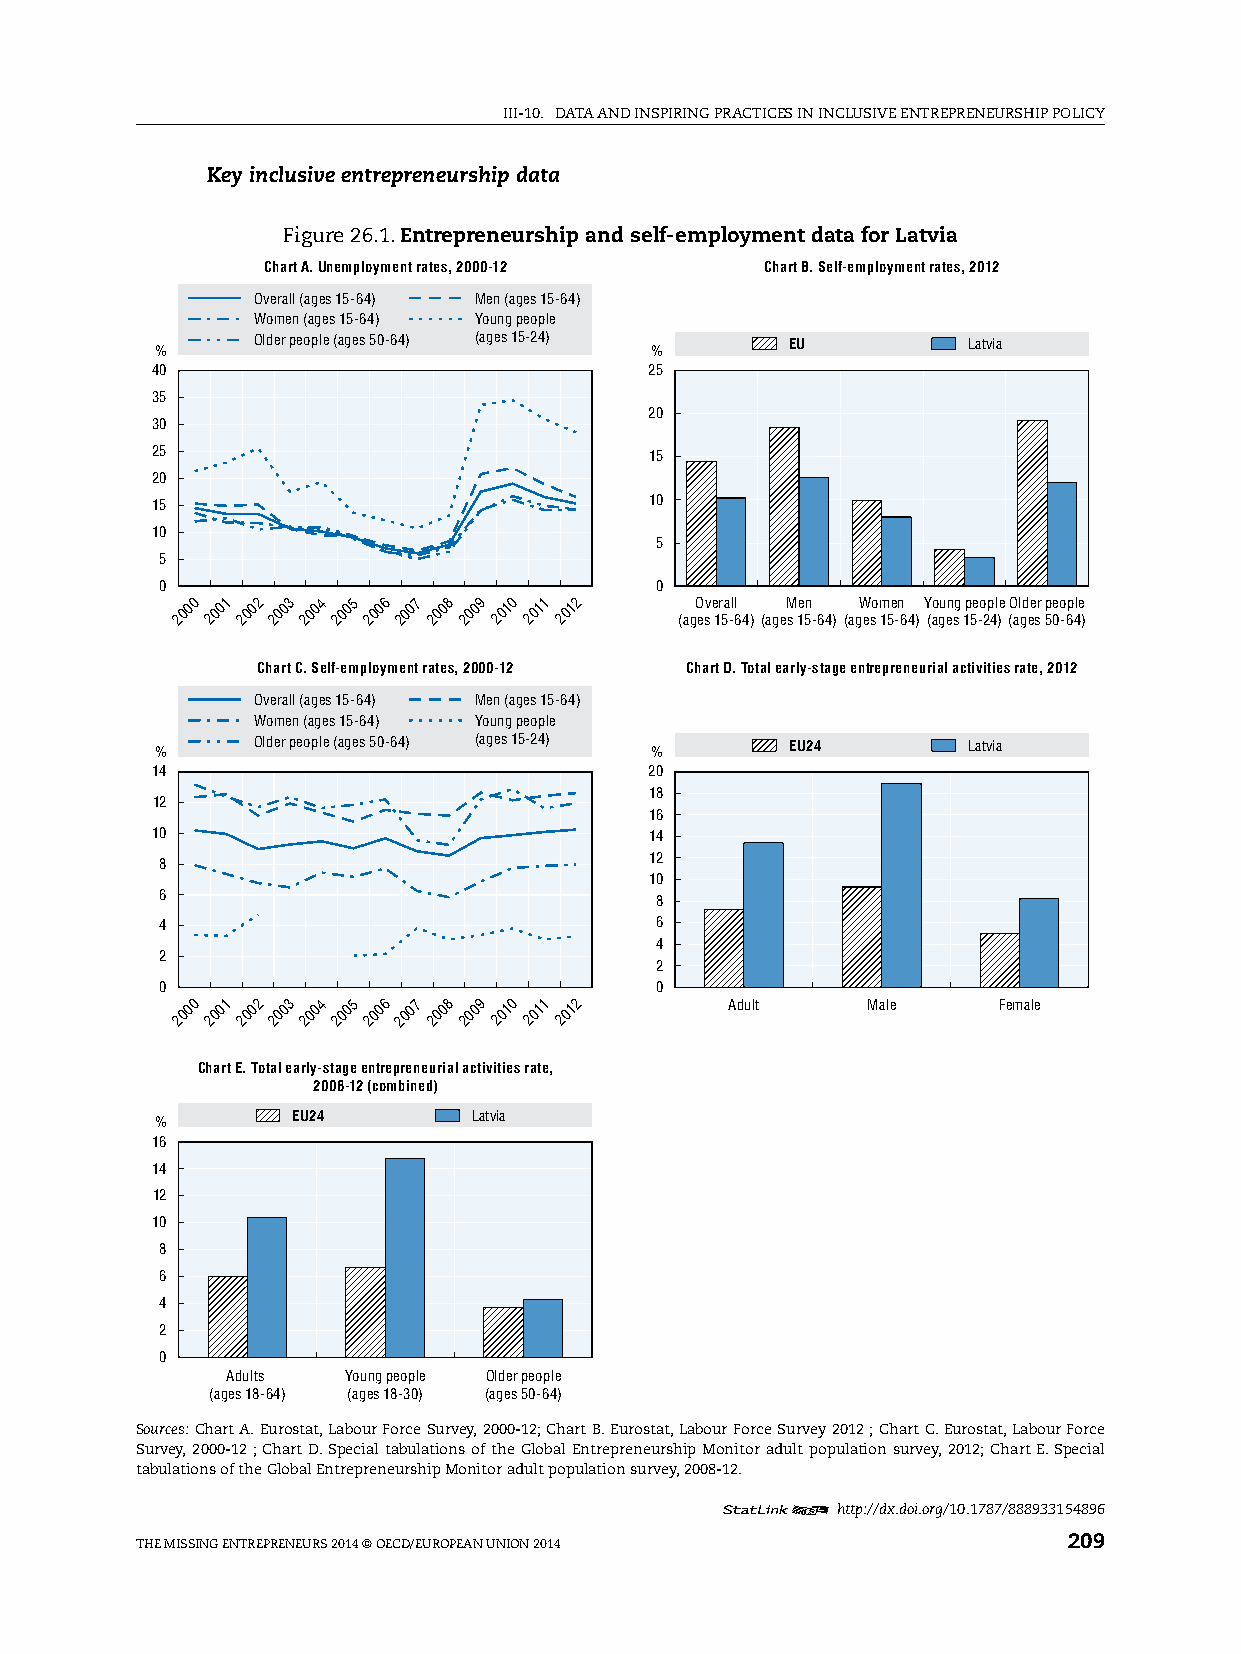
iii-10. DATA AnD inspiring prACTiCes in inClusive enTrepreneurship pOliCy
 Key inclusive entrepreneurship data
 Figure 26.1. Entrepreneurship and self-employment data for Latvia
 Chart A. Unemployment rates, 2000-12 Chart B. Self-employment rates, 2012
 Overall (ages 15-64) Men (ages 15-64)
 Women (ages 15-64) Young people
 Older people (ages 50-64) (ages 15-24) EU      Latvia
 %                                %
 40                               25
 35
 20
 30
 25                               15
 20
 15                               10
 10
 5
 5
 0                               0
 2000 2001 2002 2003 2004 2005 2006 2007 2008 2009 2010 2011 2012 (agO esv e 1r 5a -ll 64)(ageM
 s
 1e 5n
 -64)
 (agW eso m 15e -n 64)Y (ao gu en sg 1p 5e -o 2p 4l )e (O al gd ee sr 5p 0eo -6p 4le
 )
 Chart C. Self-employment rates, 2000-12 Chart D. Total early-stage entrepreneurial activities rate, 2012
 Overall (ages 15-64) Men (ages 15-64)
 Women (ages 15-64) Young people
 Older people (ages 50-64) (ages 15-24) EU24    Latvia
 %                                %
 14                               20
 18
 12
 16
 10                               14
 8                               12
 10
 6                               8
 4                               6
 4
 2
 2
 0                               0
 2000 2001 2002 2003 2004 2005 2006 2007 2008 2009 2010 2011 2012 Adult Male Female
 Chart E. Total early-stage entrepreneurial activities rate,
 2008-12 (combined)
 EU24        Latvia
 %
 16
 14
 12
 10
 8
 6
 4
 2
 0
 Adults  Young people Older people
 (ages 18-64) (ages 18-30) (ages 50-64)
 Sources: Chart A. eurostat, labour Force survey, 2000-12; Chart B. eurostat, labour Force survey 2012 ; Chart C. eurostat, labour Force
 survey, 2000-12 ; Chart D. special tabulations of the global entrepreneurship Monitor adult population survey, 2012; Chart e. special
 tabulations of the global entrepreneurship Monitor adult population survey, 2008-12.
 12     http://dx.doi.org/10.1787/888933154896
 The Missing enTrepreneurs 2014 © OeCD/eurOpeAn uniOn 2014     209